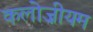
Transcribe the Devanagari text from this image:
कलोज़ीयम